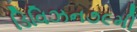
ડિવિઝન૭૯મી